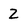
Character: 2